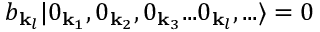
b _ { \mathbf { k } _ { l } } | 0 _ { \mathbf { k } _ { 1 } } , 0 _ { \mathbf { k } _ { 2 } } , 0 _ { \mathbf { k } _ { 3 } } . . . 0 _ { \mathbf { k } _ { l } } , . . . \rangle = 0